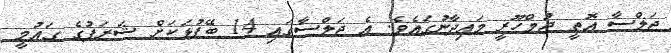
ޖަލްސާ އޮތީ ޖުމްހޫރީ މައިދާނުގައެވެ. އެ ޖަލްސާގައި 14 ބޭފުޅަކަށް ޝަރަފުގެ ގައުމީ